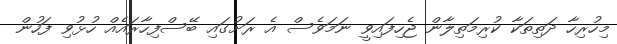
މިހުރިހާ ދަތިތަކާ ކުރިމަތިލާން ޖެހިފައިވީ ނަމަވެސް އެ ރަށުގައި ބޭސްފިހާރައެއް ހުޅުވި ފަހުން